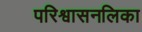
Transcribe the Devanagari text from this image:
परिश्वासनलिका